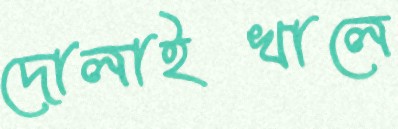
দোলাইখালে